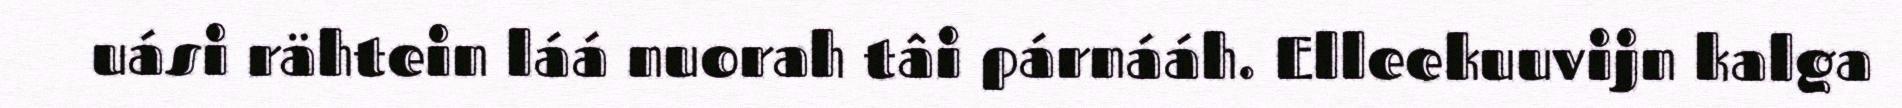
uási rähtein láá nuorah tâi párnááh. Elleekuuvijn kalga